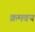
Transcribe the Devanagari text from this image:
क्रमवय